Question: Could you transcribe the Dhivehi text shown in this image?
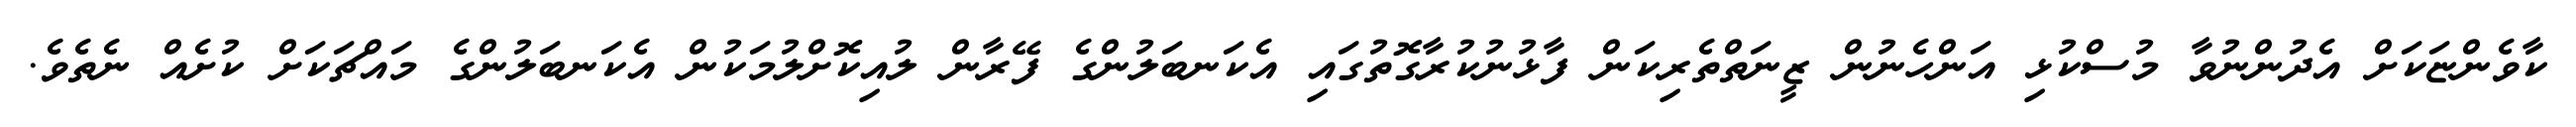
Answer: ކާވެންޏަކަށް އެދުންނުވާ މުސްކުޅި އަންހެނުން ޒީނަތްތެރިކަން ފާޅުނުކުރާގޮތުގައި އެކަނބަލުންގެ ފޭރާން ލުއިކޮށްލުމަކުން އެކަނބަލުންގެ މައްޗަކަށް ކުށެއް ނެތެވެ.